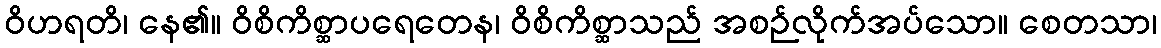
ဝိဟရတိ၊ နေ၏။ ဝိစိကိစ္ဆာပရေတေန၊ ဝိစိကိစ္ဆာသည် အစဉ်လိုက်အပ်သော။ စေတသာ၊